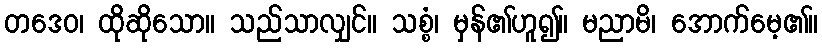
တဒေဝ၊ ထိုဆိုသော။ သည်သာလျှင်။ သစ္စံ၊ မှန်၏ဟူ၍။ မညာမိ၊ အောက်မေ့၏။